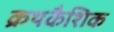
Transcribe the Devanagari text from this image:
क्रथकैशिक